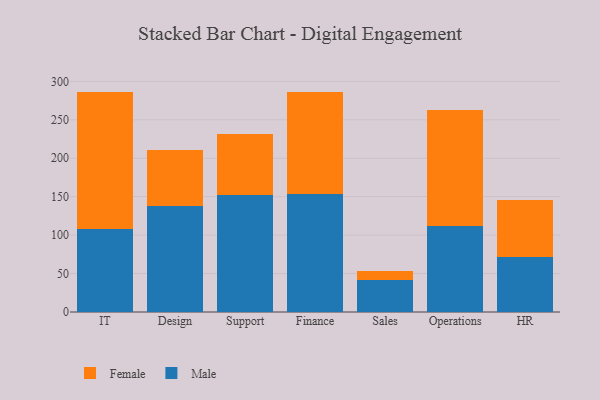
{"axis": {"x": "Department", "y": "Waste Production (Tons)"}, "legend": ["Female", "Male"], "data": [{"x": "IT", "y": 107.7, "type": "Male"}, {"x": "IT", "y": 178.5, "type": "Female"}, {"x": "Design", "y": 138.1, "type": "Male"}, {"x": "Design", "y": 73.2, "type": "Female"}, {"x": "Support", "y": 152.2, "type": "Male"}, {"x": "Support", "y": 79.0, "type": "Female"}, {"x": "Finance", "y": 153.9, "type": "Male"}, {"x": "Finance", "y": 132.8, "type": "Female"}, {"x": "Sales", "y": 41.9, "type": "Male"}, {"x": "Sales", "y": 11.2, "type": "Female"}, {"x": "Operations", "y": 112.4, "type": "Male"}, {"x": "Operations", "y": 150.6, "type": "Female"}, {"x": "HR", "y": 71.7, "type": "Male"}, {"x": "HR", "y": 73.4, "type": "Female"}]}